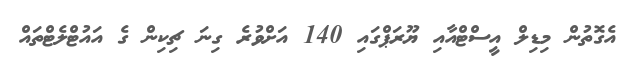
އެގޮތުން މިޑިލް އީސްޓްއާއި ޔޫރަޕްގައި 140 އަށްވުރެ ގިނަ ޗިކިން ގެ އައުޓްލެޓްތައް